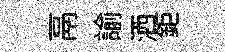
鬲諭洒鉅